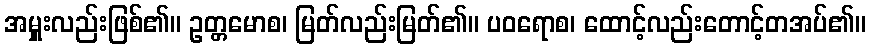
အမှူးလည်းဖြစ်၏။ ဥတ္တမောစ၊ မြတ်လည်းမြတ်၏။ ပဝရောစ၊ ထောင့်လည်းတောင့်တအပ်၏။